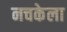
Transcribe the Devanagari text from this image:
नचकेला